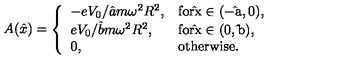
A ( \hat { x } ) = \left\{ \begin{array} { l l } { - { e V _ { 0 } / \hat { a } m \omega ^ { 2 } R ^ { 2 } } , } & { \mathrm { f o r \hat { } x \in ( - \hat { } a , 0 ) } , } \\ { { e V _ { 0 } / \hat { b } m \omega ^ { 2 } R ^ { 2 } } , } & { \mathrm { f o r \hat { } x \in ( 0 , \hat { } b ) } , } \\ { 0 , } & { \mathrm { o t h e r w i s e } . } \\ \end{array} \right.